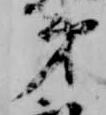
第